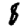
Digit: 8